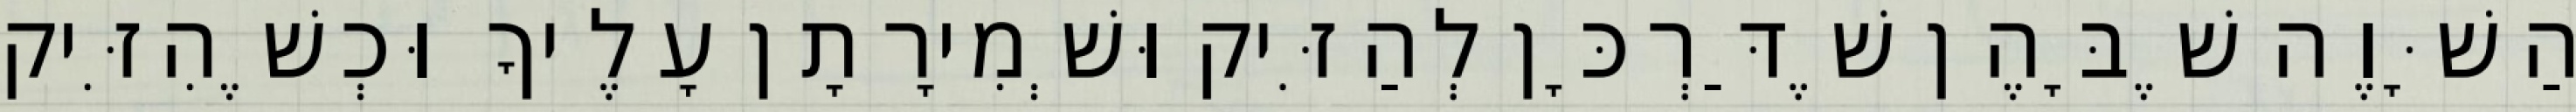
הַשָּׁוֶה שֶׁבָּהֶן שֶׁדַּרְכָּן לְהַזִּיק וּשְׁמִירָתָן עָלֶיךָ וּכְשֶׁהִזִּיק